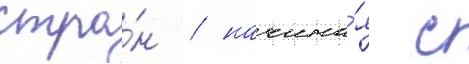
стра́н / начина́я с